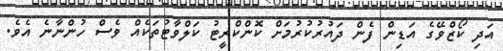
އަދި ކޯޒްވޭގެ އަޑިން ފެން ދައުރުކުރުމަށް ކޮންކްރީޓު ކަލްވާޓުތަކެއް ވެސް ހުންނާނެ އެވެ.